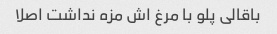
باقالی پلو با مرغ اش مزه نداشت اصلا